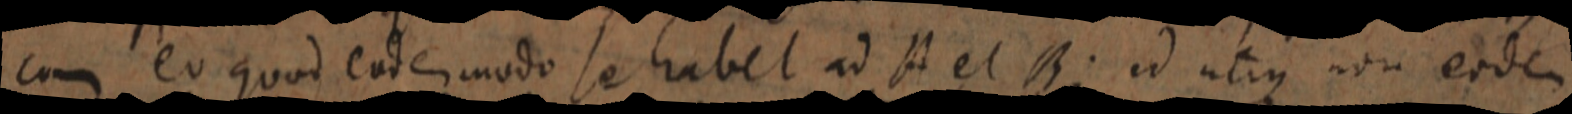
cum eo quod eade modo se habet ad A et B; id utius non eodem